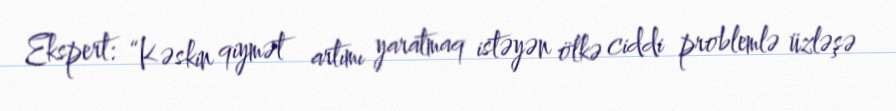
Ekspert: “Kəskin qiymət artımı yaratmaq istəyən ölkə ciddi problemlə üzləşə